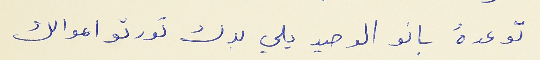
توعدهُ بانو الوحيد يلي بدك تورتو اموالك